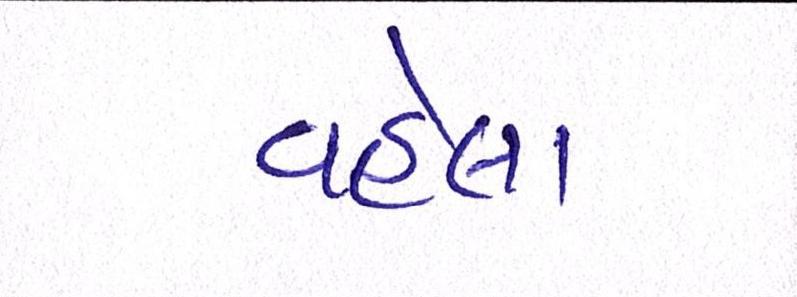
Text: વહેલા